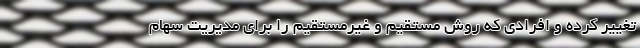
تغییر کرده و افرادی که روش مستقیم و غیرمستقیم را برای مدیریت سهام